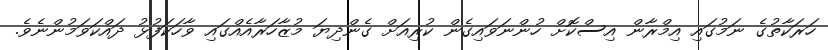
ހަރަކާތުގެ ނަމުގައި އިމްރާން އިސްކޮށް ހުންނަވައިގެން ކުރިއަށް ގެންދިޔަ މުޒާހަރާއެއްގައި ވާހަކަފުޅު ދައްކަވަމުންނެވެ.